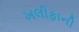
ખલીફાની